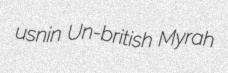
usnin Un-british Myrah